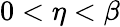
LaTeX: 0<\eta<\beta